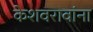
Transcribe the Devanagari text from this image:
केशवरावांना